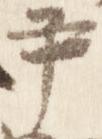
尹